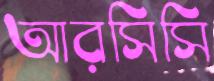
আরসিসি